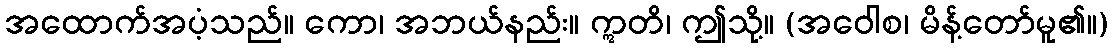
အထောက်အပံ့သည်။ ကော၊ အဘယ်နည်း။ ဣတိ၊ ဤသို့။ (အဝေါစ၊ မိန့်တော်မူ၏။)